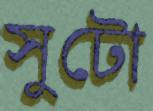
সুটো